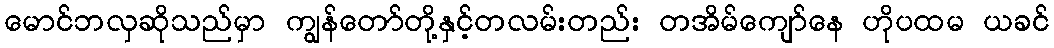
မောင်ဘလှဆိုသည်မှာ ကျွန်တော်တို့နှင့်တလမ်းတည်း တအိမ်ကျော်နေ ဟိုပထမ ယခင်